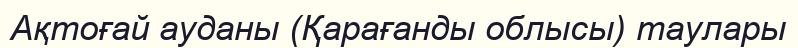
Ақтоғай ауданы (Қарағанды облысы) таулары